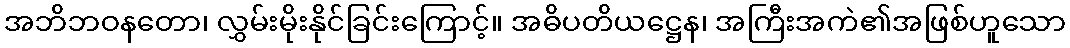
အဘိဘဝနတော၊ လွှမ်းမိုးနိုင်ခြင်းကြောင့်။ အဓိပတိယဋ္ဌေန၊ အကြီးအကဲ၏အဖြစ်ဟူသော